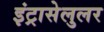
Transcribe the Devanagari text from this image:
इंट्रासेलुलर